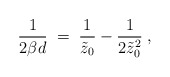
\begin{align*}{1\over 2\beta d}\;=\; {1\over \tilde{z}_0}-{1\over 2\tilde{z}_0^2}\;,\end{align*}